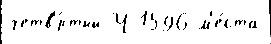
четв'́ртый Ч 1596 м'е́ста